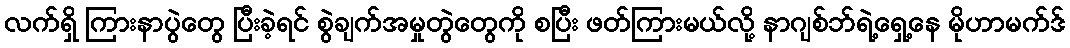
လက်ရှိ ကြားနာပွဲတွေ ပြီးခဲ့ရင် စွဲချက်အမှုတွဲတွေကို စပြီး ဖတ်ကြားမယ်လို့ နာဂျစ်ဘ်ရဲ့ရှေ့နေ မိုဟာမက်ဒ်